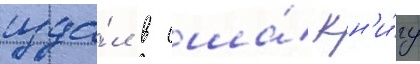
изда́л в сша́ кн'и́гу